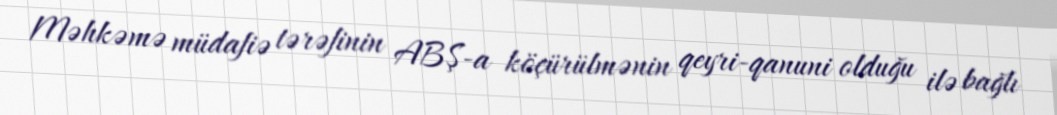
Məhkəmə müdafiə tərəfinin ABŞ-a köçürülmənin qeyri-qanuni olduğu ilə bağlı